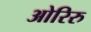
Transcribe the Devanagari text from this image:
ओरिरु